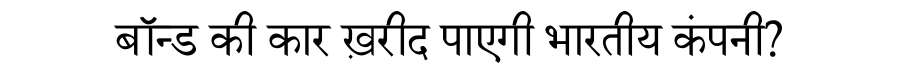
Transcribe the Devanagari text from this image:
बॉन्ड की कार ख़रीद पाएगी भारतीय कंपनी?